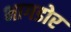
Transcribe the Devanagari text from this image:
भागडोर